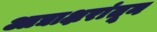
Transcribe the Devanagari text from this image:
आद्याक्षरांतून